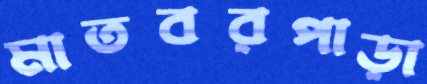
মাতবরপাড়া